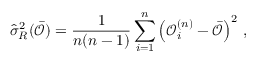
\hat { \sigma } _ { R } ^ { 2 } ( \bar { \mathcal O } ) = \frac { 1 } { n ( n - 1 ) } \sum _ { i = 1 } ^ { n } \left( \mathcal { O } _ { i } ^ { ( n ) } - \bar { \mathcal O } \right) ^ { 2 } \, ,